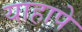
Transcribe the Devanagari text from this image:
याहापे